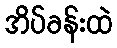
အိပ်ခန်းထဲ